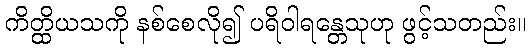
ကိတ္ထိယသကို နစ်စေလို၍ ပရိဝါရန္တေသုဟု ဖွင့်သတည်း။